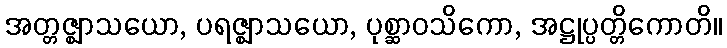
အတ္တဇ္ဈာသယော, ပရဇ္ဈာသယော, ပုစ္ဆာဝသိကော, အဋ္ဌုပ္ပတ္တိကောတိ။